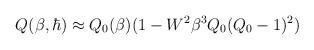
LaTeX: \begin{align*}Q(\beta,\hbar)\approx Q_{0}(\beta)(1-W^{2}\beta^{3}Q_{0}(Q_{0}-1)^{2})\end{align*}